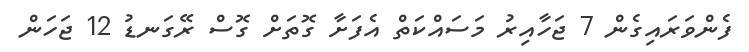
ފެންވަރައިގެން 7 ޖަހާއިރު މަސައްކަތް އެފަށާ ގޮތަށް ގޮސް ރޭގަނޑު 12 ޖަހަން